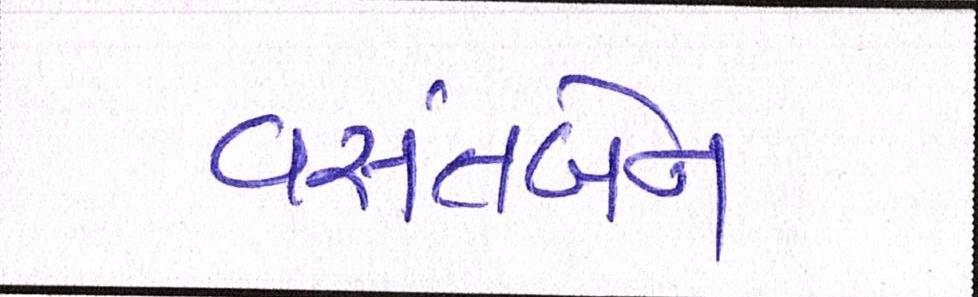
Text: વસંતબેન